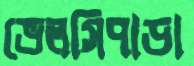
ভেলসিপাড়া